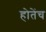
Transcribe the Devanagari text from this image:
होतेंच